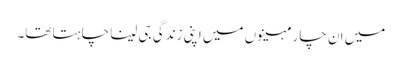
میں ان چار مہینوں میں اپنی زندگی جی لینا چاہتا تھا۔